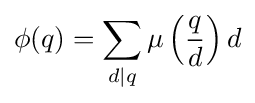
\phi (q)=\sum _{d\mid q}\mu \left({\frac {q}{d}}\right)d